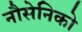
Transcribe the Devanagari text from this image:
नौसेनिको